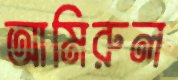
আমিরুল